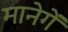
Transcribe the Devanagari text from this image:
मानेगें